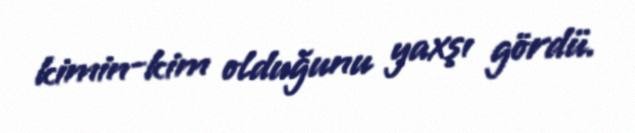
kimin-kim olduğunu yaxşı gördü.